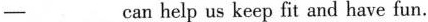
-___can help us keep fit and have fun.